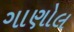
ગાણોલ